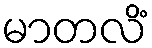
မာတလိံ